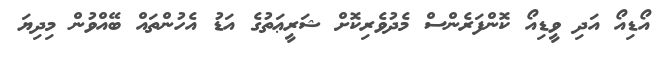
އޯޑިއޯ އަދި ވީޑިއޯ ކޮންފަރެންސް މެދުވެރިކޮށް ޝަރީޢަތުގެ އަޑު އެހުންތައް ބޭއްވުން މިދިޔަ